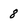
Character: 8